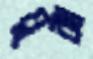
যুঝা